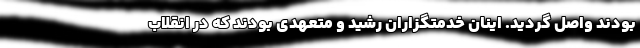
بودند واصل گردید. اینان خدمتگزاران رشید و متعهدی بودند که در انقلاب